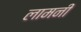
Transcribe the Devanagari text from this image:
लामनी